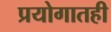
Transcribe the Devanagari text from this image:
प्रयोगातही